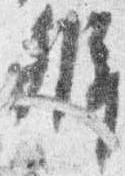
弁